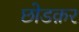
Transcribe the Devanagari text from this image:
छोडक़र